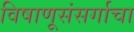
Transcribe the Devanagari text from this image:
विषाणूसंसर्गाचा